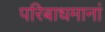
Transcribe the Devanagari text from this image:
परिबाधमानां